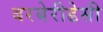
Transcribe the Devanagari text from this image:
बरबेरीडेसी